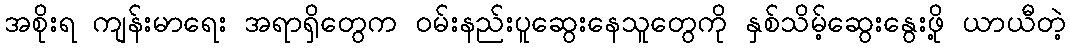
အစိုးရ ကျန်းမာရေး အရာရှိတွေက ဝမ်းနည်းပူဆွေးနေသူတွေကို နှစ်သိမ့်ဆွေးနွေးဖို့ ယာယီတဲ့